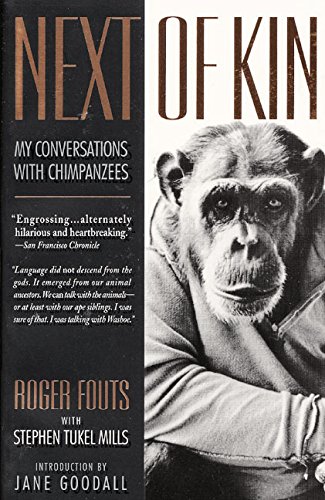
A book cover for Next of Kin: My Conversations with Chimpanzees; Roger Fouts; Reference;